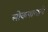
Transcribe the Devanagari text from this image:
लोकपालाने